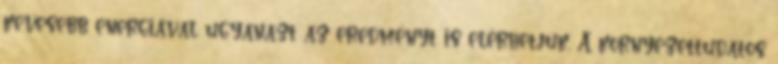
kevesebb energiával ugyanazt az eredményt is elérhetjük. A környezettudatos